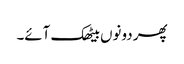
پھر دونوں بیٹھک آئے۔